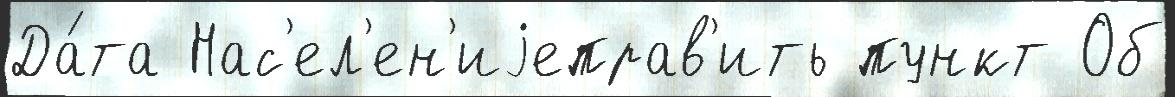
Да́та Нас'ел'ен'иjеправ'ить пункт Об